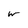
Character: w